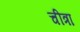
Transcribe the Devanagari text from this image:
चीत्रा